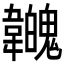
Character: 𩏳